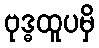
ဗုဒ္ဓထူပမှိ